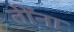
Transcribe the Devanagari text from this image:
तींना